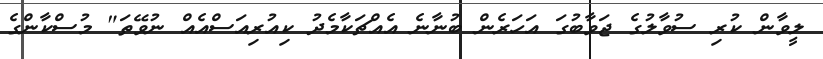
ލީވާން ކުރި ސުވާލުގެ ޖަވާބުގަ އަހަރެން ބުނާނެ އެއްޗަކާމެދު ކިއުރިއަސްއެއް ނުވޭތަ" މުސްކާންގެ